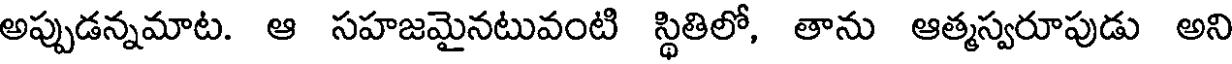
అప్పుడన్నమాట. ఆ సహజమైనటువంటి స్థితిలో, తాను ఆత్మస్వరూపుడు అని